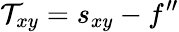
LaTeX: \mathcal{T}_{xy}=s_{xy}-f^{\prime\prime}